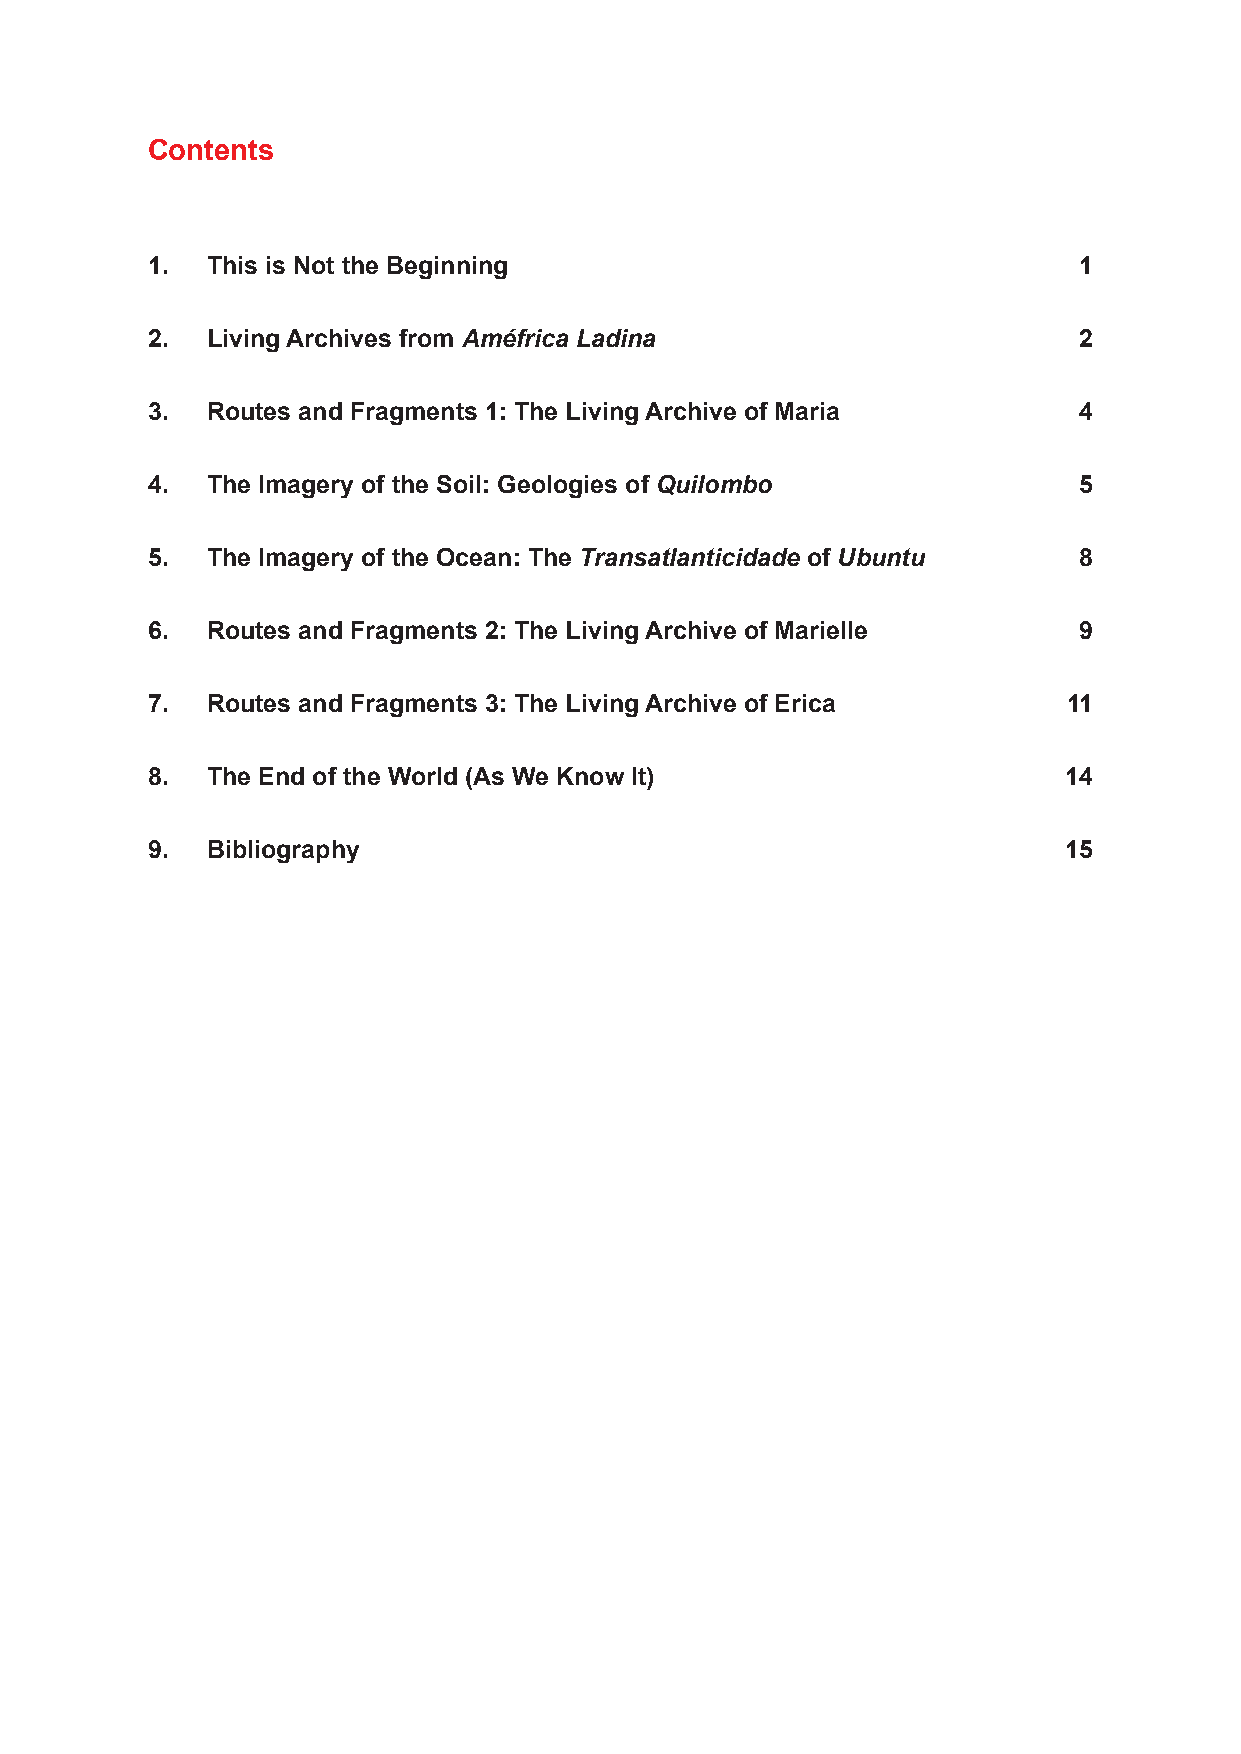
Contents
 1.  This is Not the Beginning                                1
 2.  Living Archives from Améfrica Ladina                     2
 3.  Routes and Fragments 1: The Living Archive of Maria      4
 4.  The Imagery of the Soil: Geologies of Quilombo           5
 5.  The Imagery of the Ocean: The Transatlanticidade of Ubuntu 8
 6.  Routes and Fragments 2: The Living Archive of Marielle   9
 7.  Routes and Fragments 3: The Living Archive of Erica      11
 8.  The End of the World (As We Know It)                    14
 9.  Bibliography                                            15